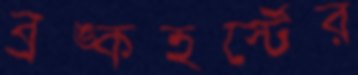
ব্রঙ্কহর্স্টের